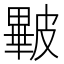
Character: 𥀕